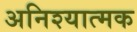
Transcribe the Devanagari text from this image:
अनिश्यात्मक